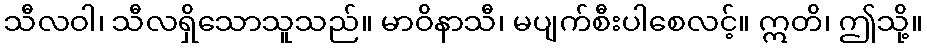
သီလဝါ၊ သီလရှိသောသူသည်။ မာဝိနာသီ၊ မပျက်စီးပါစေလင့်။ ဣတိ၊ ဤသို့။